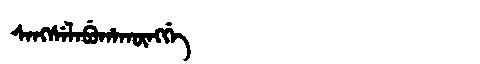
Manchu: ᠰᠠᠩᠰᡝᠯᠠᠪᡠᡥᠠᡴᡡᠩᡤᡝ
Romanization: SANGSELABUHAKŪNGGE